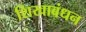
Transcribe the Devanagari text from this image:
शिखाबंधन